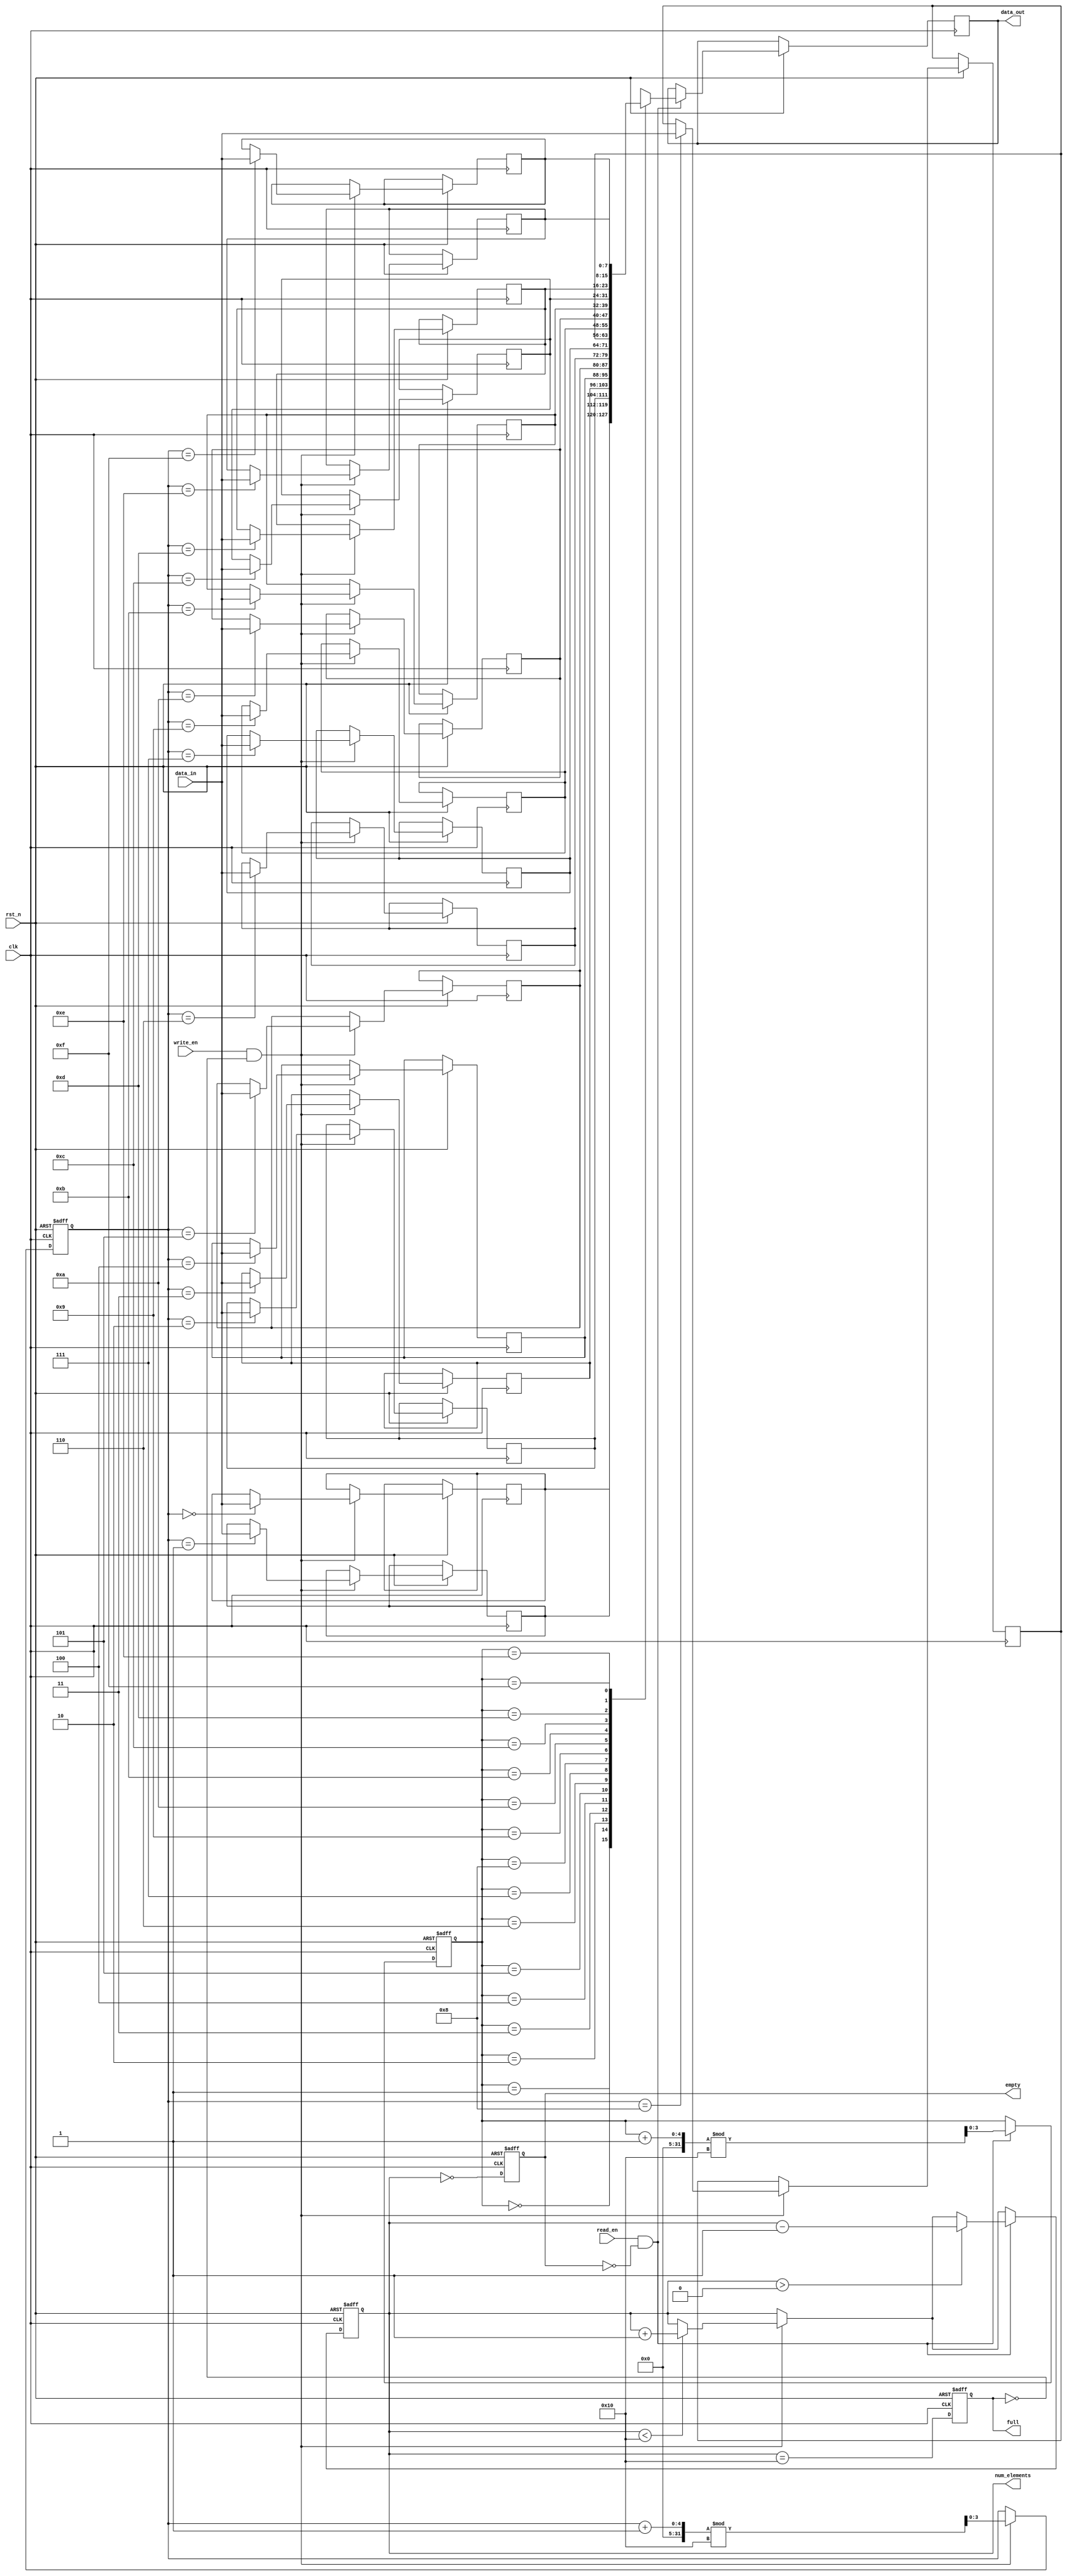
module Parameterized_FIFO #(
    parameter DATA_WIDTH = 8,           // Width of each data element in bits
    parameter FIFO_DEPTH = 16            // Number of entries the FIFO can hold
) (
    input  wire clk,                     // Clock signal
    input  wire rst_n,                   // Active low reset
    input  wire write_en,                // Write enable signal
    input  wire read_en,                 // Read enable signal
    input  wire [DATA_WIDTH-1:0] data_in, // Input data bus
    output reg  [DATA_WIDTH-1:0] data_out, // Output data bus
    output reg  full,                    // FIFO full flag
    output reg  empty,                   // FIFO empty flag
    output reg [7:0] num_elements        // Counter of current elements in FIFO
);

// Internal parameters
localparam ADDR_WIDTH = $clog2(FIFO_DEPTH); // Address width derived from FIFO_DEPTH

// Memory array
reg [DATA_WIDTH-1:0] fifo_mem[FIFO_DEPTH-1:0];

// Pointers
reg [ADDR_WIDTH-1:0] write_ptr;
reg [ADDR_WIDTH-1:0] read_ptr;

// Initializations
initial begin
    write_ptr = 0;
    read_ptr = 0;
    num_elements = 0;
    full = 1'b0;
    empty = 1'b1;
end

// Sequential logic for FIFO operation
always @(posedge clk or negedge rst_n) begin
    if (!rst_n) begin
        // Reset FIFO
        write_ptr <= 0;
        read_ptr <= 0;
        num_elements <= 0;
        full <= 1'b0;
        empty <= 1'b1;
    end else begin
        // Write Operation
        if (write_en && !full) begin
            fifo_mem[write_ptr] <= data_in; // Write data
            write_ptr <= (write_ptr + 1) % FIFO_DEPTH; // Increment write pointer circularly
            if (num_elements < FIFO_DEPTH) begin
                num_elements <= num_elements + 1; // Increment number of elements
            end
        end

        // Read Operation
        if (read_en && !empty) begin
            data_out <= fifo_mem[read_ptr]; // Read data
            read_ptr <= (read_ptr + 1) % FIFO_DEPTH; // Increment read pointer circularly
            if (num_elements > 0) begin
                num_elements <= num_elements - 1; // Decrement number of elements
            end
        end
        
        // Update Full and Empty flags
        full <= (num_elements == FIFO_DEPTH);
        empty <= (num_elements == 0);
    end
end

endmodule